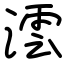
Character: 澐